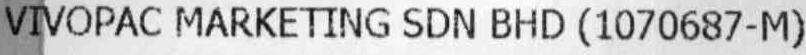
VIVOPAC MARKETING SDN BHD (1070687-M)